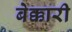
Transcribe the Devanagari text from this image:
बेक्कारी